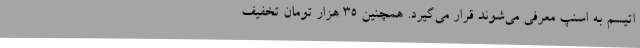
اتیسم به اسنپ معرفی می‌شوند قرار می‌گیرد. همچنین ۳۵ هزار تومان تخفیف